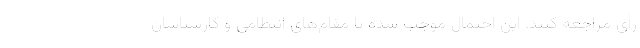
رأی مراجعه کنند. این احتمال موجب شده تا مقام‌های انتظامی و کارشناسان